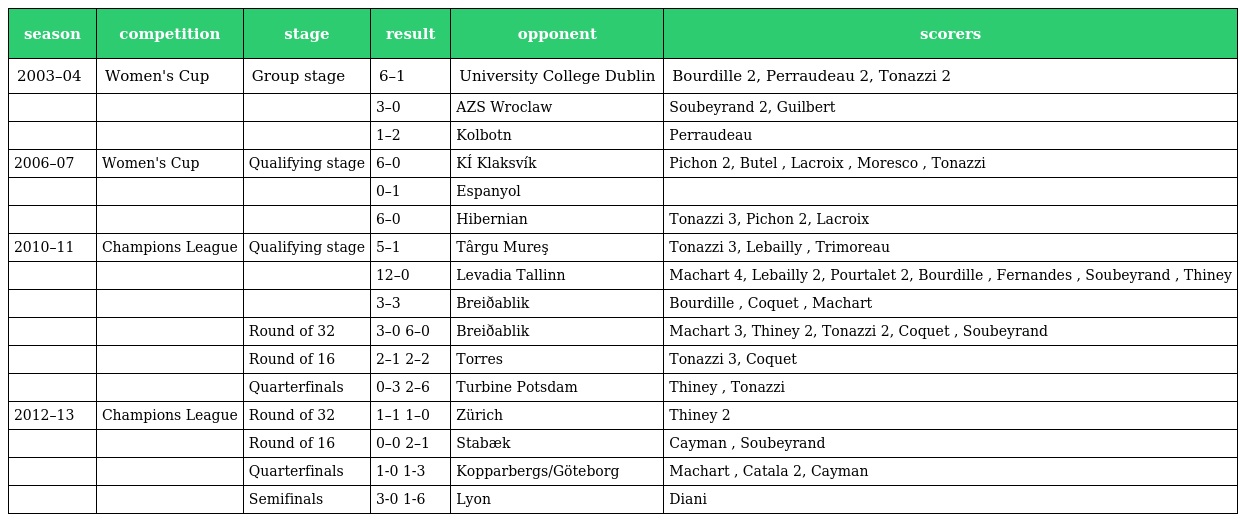
| season | competition | stage | result | opponent | scorers |
 | --- | --- | --- | --- | --- | --- |
 | 2003–04 | Women's Cup | Group stage | 6–1 | University College Dublin | Bourdille 2, Perraudeau 2, Tonazzi 2 |
 |  |  |  | 3–0 | AZS Wroclaw | Soubeyrand 2, Guilbert |
 |  |  |  | 1–2 | Kolbotn | Perraudeau |
 | 2006–07 | Women's Cup | Qualifying stage | 6–0 | KÍ Klaksvík | Pichon 2, Butel , Lacroix , Moresco , Tonazzi |
 |  |  |  | 0–1 | Espanyol |  |
 |  |  |  | 6–0 | Hibernian | Tonazzi 3, Pichon 2, Lacroix |
 | 2010–11 | Champions League | Qualifying stage | 5–1 | Târgu Mureş | Tonazzi 3, Lebailly , Trimoreau |
 |  |  |  | 12–0 | Levadia Tallinn | Machart 4, Lebailly 2, Pourtalet 2, Bourdille , Fernandes , Soubeyrand , Thiney |
 |  |  |  | 3–3 | Breiðablik | Bourdille , Coquet , Machart |
 |  |  | Round of 32 | 3–0 6–0 | Breiðablik | Machart 3, Thiney 2, Tonazzi 2, Coquet , Soubeyrand |
 |  |  | Round of 16 | 2–1 2–2 | Torres | Tonazzi 3, Coquet |
 |  |  | Quarterfinals | 0–3 2–6 | Turbine Potsdam | Thiney , Tonazzi |
 | 2012–13 | Champions League | Round of 32 | 1–1 1–0 | Zürich | Thiney 2 |
 |  |  | Round of 16 | 0–0 2–1 | Stabæk | Cayman , Soubeyrand |
 |  |  | Quarterfinals | 1-0 1-3 | Kopparbergs/Göteborg | Machart , Catala 2, Cayman |
 |  |  | Semifinals | 3-0 1-6 | Lyon | Diani |